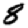
Digit: 8